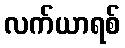
လက်ယာရစ်